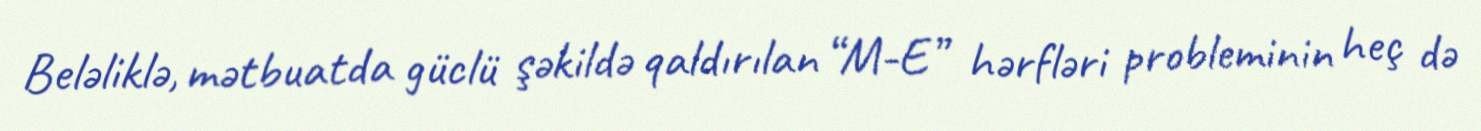
Beləliklə, mətbuatda güclü şəkildə qaldırılan “M-E” hərfləri probleminin heç də